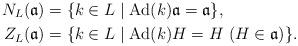
LaTeX: \begin{align*}N_{L}(\mathfrak{a}) &= \{ k \in L \mid \mathrm{Ad}(k)\mathfrak{a} =\mathfrak{a}\},\\Z_{L}(\mathfrak{a}) &= \{ k \in L \mid \mathrm{Ad}(k)H =H \ (H \in \mathfrak{a})\}.\end{align*}